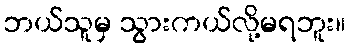
ဘယ်သူမှ သွားကယ်လို့မရဘူး။